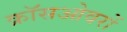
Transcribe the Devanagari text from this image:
क्रॉसओवरों